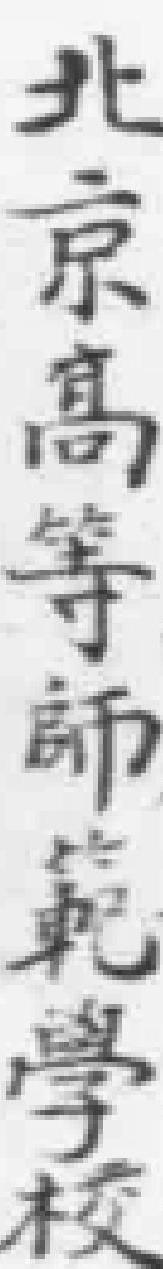
北京高等師範學校